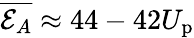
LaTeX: \overline{{\mathcal{E}_{A}}}\approx 44-42U_{\mathrm{p}}